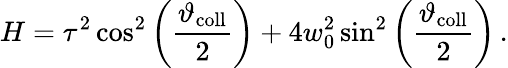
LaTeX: H=\tau^{2}\cos^{2}\left(\frac{\vartheta_{\mathrm{coll}}}{2}\right)+4w_{0}^{2}\sin^{2}\left(\frac{\vartheta_{\mathrm{coll}}}{2}\right)\, .